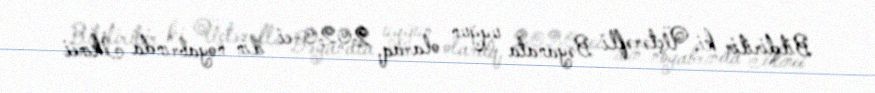
Bildirilir ki, Üçtərəfli Bəyanata uyğun olaraq, 2020-ci ilin noyabrında İkinci